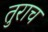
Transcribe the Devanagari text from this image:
तुराच